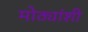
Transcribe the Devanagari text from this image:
मोठ्यांशी